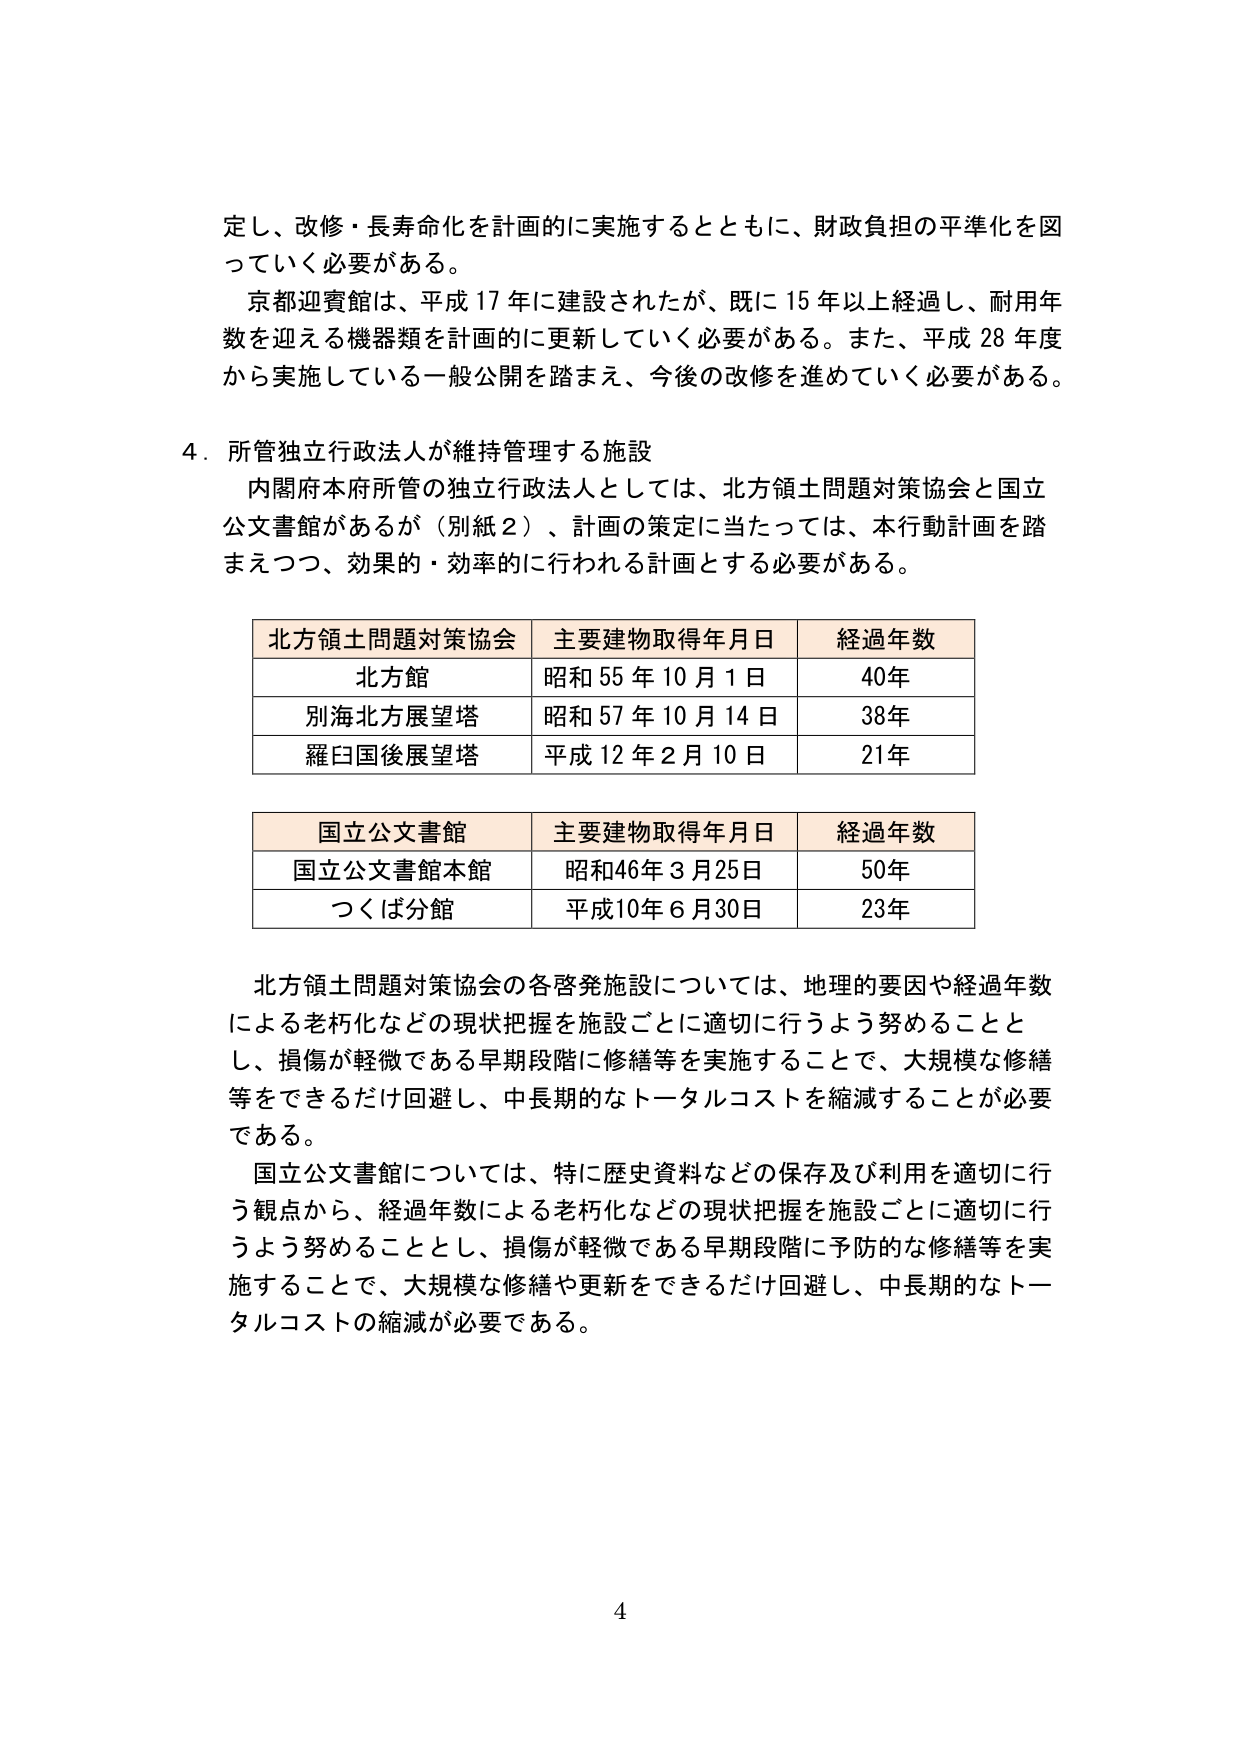
定し、改修・長寿命化を計画的に実施するとともに、財政負担の平準化を図っていく必要がある。

京都迎賓館は、平成17年に建設されたが、既に15年以上経過し、耐用年数を迎える機器類を計画的に更新していく必要がある。また、平成28年度から実施している一般公開を踏まえ、今後の改修を進めていく必要がある。

4．所管独立行政法人が維持管理する施設

内閣府本府所管の独立行政法人としては、北方領土問題対策協会と国立公文書館があるが（別紙2）、計画の策定に当たっては、本行動計画を踏まえつつ、効果的・効率的に行われる計画とする必要がある。

北方領土問題対策協会　主要建物取得年月日　経過年数
北方館　　　　　　　　昭和55年10月1日　　　40年
別海北方展望塔　　　　昭和57年10月14日　　38年
羅臼国後展望塔　　　　平成12年2月10日　　21年

国立公文書館　主要建物取得年月日　経過年数
国立公文書館本館　　　昭和46年3月25日　　50年
つくば分館　　　　　　平成10年6月30日　　23年

北方領土問題対策協会の各啓発施設については、地理的要因や経過年数による老朽化などの現状把握を施設ごとに適切に行うよう努めることとし、損傷が軽微である早期段階に修繕等を実施することで、大規模な修繕等をできるだけ回避し、中長期的なトータルコストを縮減することが必要である。

国立公文書館については、特に歴史資料などの保存及び利用を適切に行う観点から、経過年数による老朽化などの現状把握を施設ごとに適切に行うよう努めることとし、損傷が軽微である早期段階に予防的な修繕等を実施することで、大規模な修繕や更新をできるだけ回避し、中長期的なトータルコストの縮減が必要である。

4